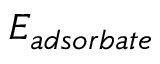
E _ { a d s o r b a t e }